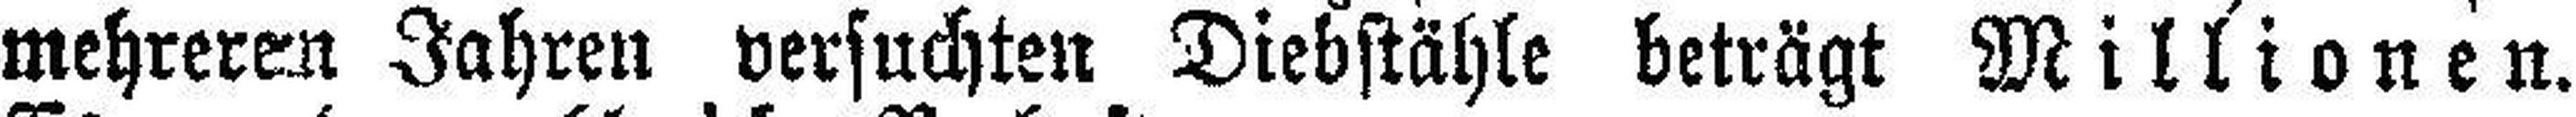
mehreren Jahren versuchten Diebstähle beträgt Millionen.